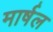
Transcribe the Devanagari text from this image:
मार्षल